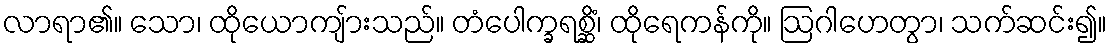
လာရာ၏။ သော၊ ထိုယောကျ်ားသည်။ တံပေါက္ခရစ္ဆိံ၊ ထိုရေကန်ကို။ ဩဂါဟေတွာ၊ သက်ဆင်း၍။